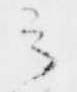
云